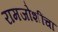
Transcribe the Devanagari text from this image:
रामजोशींचा